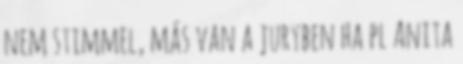
nem stimmel, más van a juryben ha pl Anita